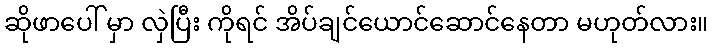
ဆိုဖာပေါ် မှာ လှဲပြီး ကိုရင် အိပ်ချင်ယောင်ဆောင်နေတာ မဟုတ်လား။